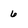
Character: 6